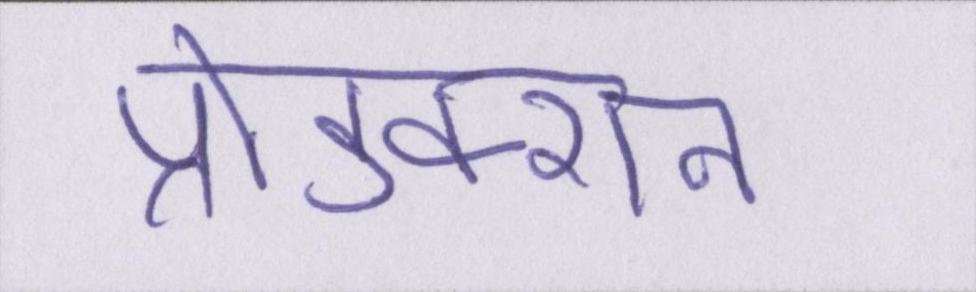
प्रोडक्शन